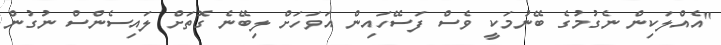
"އެއްލަކިން ނެގުމުގެ ބޭނުމަކީ ވެސް ފަސޭހައިން އަވަހަށް ލިބޭނެ ގޮތަށް ލައިސެންސް ނުގުން